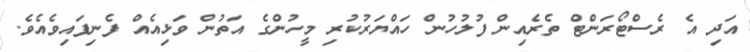
އަދި އެ ރެސްޓޯރަންޓް ތެރެއިން ފުލުހުން ހައްޔަރުކުރި މީހުންގެ އަތުން ވަޅިއެއް ފެނިފައިވެއެވެ.